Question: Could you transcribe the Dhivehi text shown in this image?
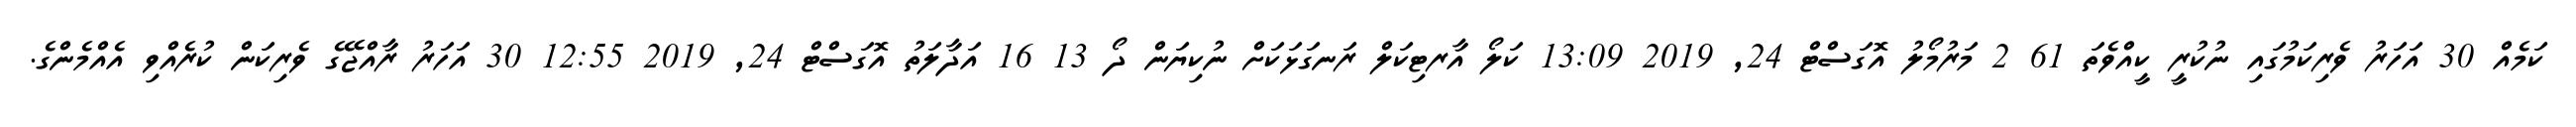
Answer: ކަމެއް 30 އަހަރު ވެރިކަމުގައި ނުކުރީ ކީއްވެތަ 61 2 މަރުމޯލު އޮގަސްޓް 24, 2019 13:09 ކަލޯ އާރޓިކަލް ރަނގަޅަކަށް ނުކިޔަން ދޯ 13 16 އަދާލަތު އޮގަސްޓް 24, 2019 12:55 30 އަހަރު ރާއްޖޭގެ ވެރިކަން ކުރެއްވި އެއްމެންގެ.